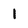
Character: I